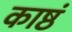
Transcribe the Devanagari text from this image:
काष्ठं